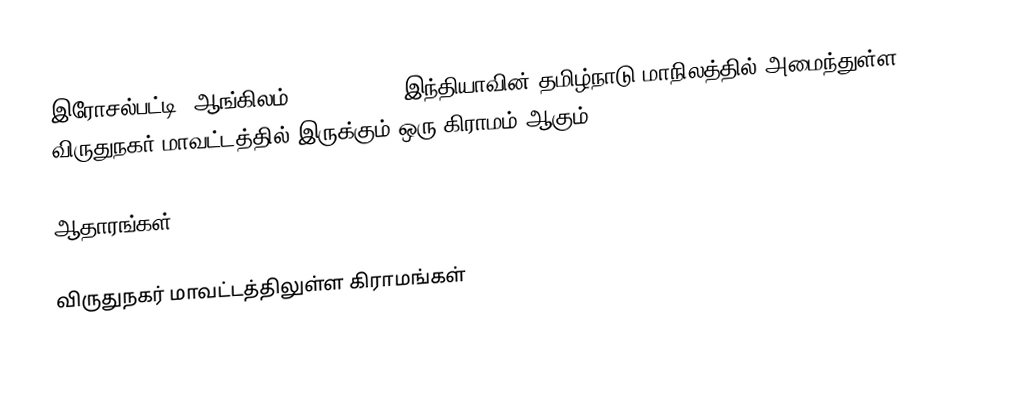
இரோசல்பட்டி (ஆங்கிலம்:Rosalpatti), இந்தியாவின் தமிழ்நாடு மாநிலத்தில் அமைந்துள்ள விருதுநகர் மாவட்டத்தில் இருக்கும் ஒரு கிராமம் ஆகும்.

ஆதாரங்கள்

விருதுநகர் மாவட்டத்திலுள்ள கிராமங்கள்